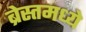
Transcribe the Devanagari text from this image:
ब्रेस्तमध्ये